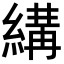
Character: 𦃪